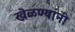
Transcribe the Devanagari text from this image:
खेळण्यांनी